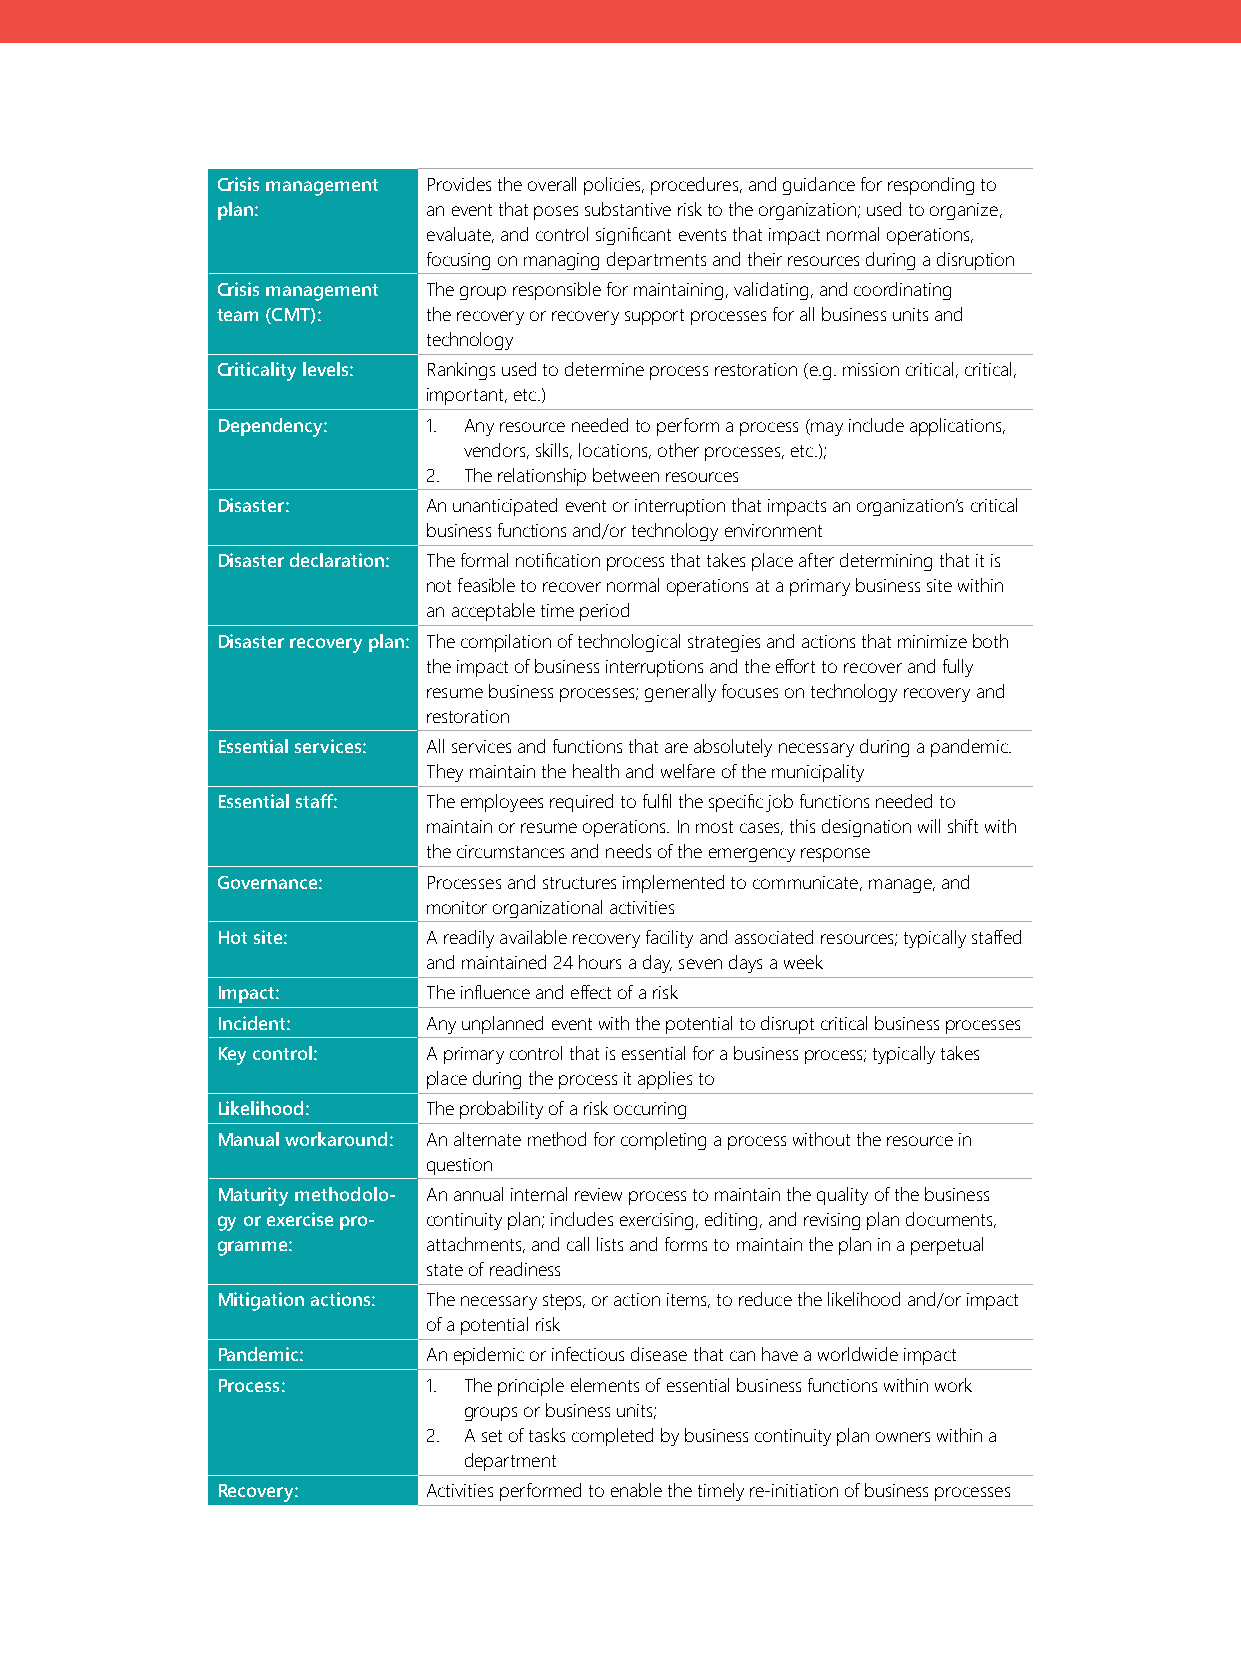
Crisis management Provides the overall policies, procedures, and guidance for responding to
 plan:         an event that poses substantive risk to the organization; used to organize,
 evaluate, and control significant events that impact normal operations,
 focusing on managing departments and their resources during a disruption
 Crisis management The group responsible for maintaining, validating, and coordinating
 team (CMT):   the recovery or recovery support processes for all business units and
 technology
 Criticality levels: Rankings used to determine process restoration (e.g. mission critical, critical,
 important, etc.)
 Dependency:   1. Any resource needed to perform a process (may include applications,
 vendors, skills, locations, other processes, etc.);
 2. The relationship between resources
 Disaster:     An unanticipated event or interruption that impacts an organization’s critical
 business functions and/or technology environment
 Disaster declaration: The formal notification process that takes place after determining that it is
 not feasible to recover normal operations at a primary business site within
 an acceptable time period
 Disaster recovery plan: The compilation of technological strategies and actions that minimize both
 the impact of business interruptions and the effort to recover and fully
 resume business processes; generally focuses on technology recovery and
 restoration
 Essential services: All services and functions that are absolutely necessary during a pandemic.
 They maintain the health and welfare of the municipality
 Essential staff: The employees required to fulfil the specific job functions needed to
 maintain or resume operations. In most cases, this designation will shift with
 the circumstances and needs of the emergency response
 Governance:   Processes and structures implemented to communicate, manage, and
 monitor organizational activities
 Hot site:     A readily available recovery facility and associated resources; typically staffed
 and maintained 24 hours a day, seven days a week
 Impact:       The influence and effect of a risk
 Incident:     Any unplanned event with the potential to disrupt critical business processes
 Key control:  A primary control that is essential for a business process; typically takes
 place during the process it applies to
 Likelihood:   The probability of a risk occurring
 Manual workaround: An alternate method for completing a process without the resource in
 question
 Maturity methodolo- An annual internal review process to maintain the quality of the business
 gy or exercise pro- continuity plan; includes exercising, editing, and revising plan documents,
 gramme:       attachments, and call lists and forms to maintain the plan in a perpetual
 state of readiness
 Mitigation actions: The necessary steps, or action items, to reduce the likelihood and/or impact
 of a potential risk
 Pandemic:     An epidemic or infectious disease that can have a worldwide impact
 Process:      1. The principle elements of essential business functions within work
 groups or business units;
 2. A set of tasks completed by business continuity plan owners within a
 department
 Recovery:     Activities performed to enable the timely re-initiation of business processes